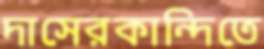
দাসেরকান্দিতে